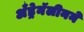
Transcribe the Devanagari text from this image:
अँड्रेनॅलीनने